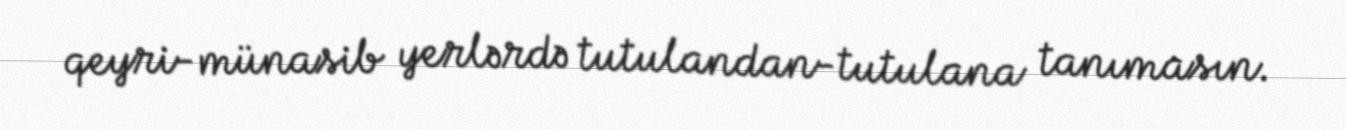
qeyri-münasib yerlərdə tutulandan-tutulana tanımasın.